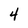
Character: 4